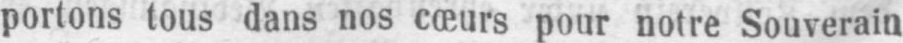
portons tous dans nos cœurs pour notre Souverain